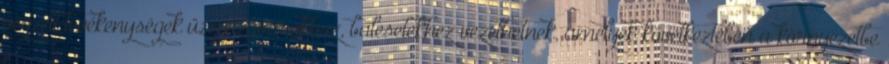
végzett tevékenységek üzemzavarokhoz, balesetekhez vezethetnek, amelyek következtében a környezetbe